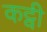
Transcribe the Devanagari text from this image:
कट्वी